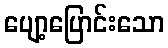
ပျော့ပြောင်းသော